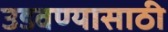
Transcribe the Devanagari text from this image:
उडवण्यासाठी